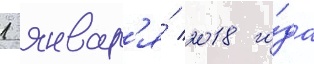
1 январ'я́ 2018 го́да